Civil Veterinary Department Bengal reports 1933-51 - 1933-1951
Year: 1933
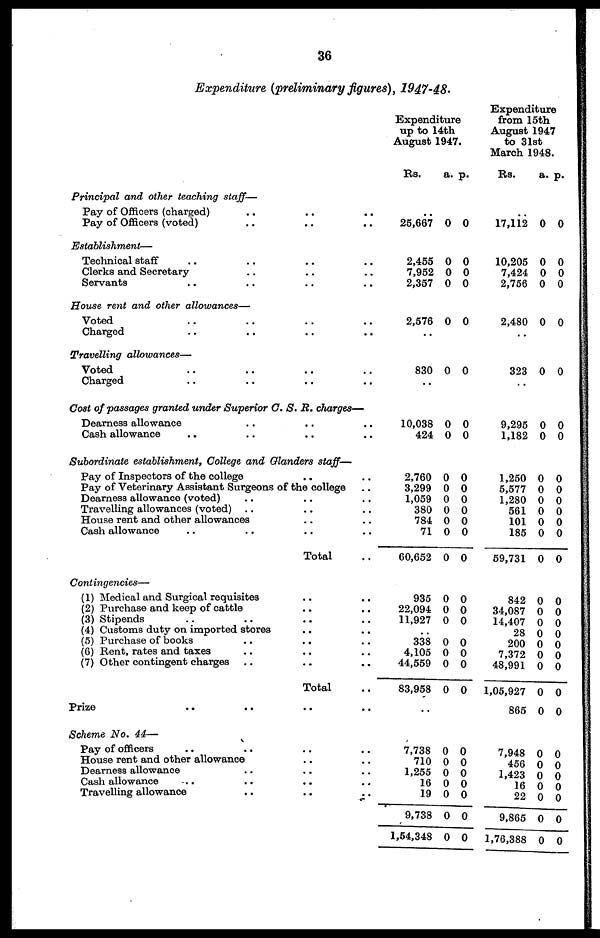
36
Expenditure (preliminary figures), 1947-48.
Principal and other teaching staff—
Pay of Officers (charged) .. .. ..
Pay of Officers (voted) .. .. ..
Establishment—
Technical staff .. .. .. ..
Clerks and Secretary .. .. ..
Servants .. .. .. ..
House rent and other allowances—
Voted .. .. .. ..
Charged .. .. .. ..
Travelling
allowances—
Voted .. .. .. ..
Charged .. .. .. ..
Cost of passages granted under Superior C. S. R. charges—
Dearness allowance .. .. ..
Cash allowance .. .. .. ..
Subordinate establishment, College and Glanders staff—
Pay of Inspectors of the college .. ..
Pay of Veterinary Assistant Surgeons of the college ..
Dearness allowance (voted) .. .. ..
Travelling allowances (voted) .. .. ..
House rent and other allowances .. ..
Cash allowance .. .. .. ..
Total ..
Contingencies—
(1) Medical and Surgical requisites .. ..
(2) Purchase and keep of cattle .. ..
(3) Stipends .. .. .. ..
(4) Customs duty on imported stores .. ..
(5) Purchase of books .. .. ..
(6) Rent, rates and taxes .. .. ..
(7) Other contingent charges .. .. ..
Total ..
Prize .. .. .. ..
Scheme No. 44—
Pay of officers .. .. .. ..
House rent and other allowance .. ..
Dearness allowance .. .. ..
Cash allowance .. .. .. ..
Travelling allowance .. .. ..
Expenditure
up to14th
August
1947.
Rs.
..
25,667
2,455
7,952
2,357
2,576
..
830
..
10,038
424
2,760
3,299
1,059
380
784
71
60,652
935
22,094
11,927
..
338
4,105
44,559
83,958
..
7,738
710
1,255
16
19
9,738
1,54,348
a.
0
0
0
0
0
0
0
0
0
0
0
0
0
0
0
0
0
0
0
0
0
0
0
0
0
0
0
0
0
p.
0
0
0
0
0
0
0
0
0
0
0
0
0
0
0
0
0
0
0
0
0
0
0
0
0
0
0
0
0
Expenditure
from 15 th
August 1947
to 31st
Rs.
..
17,112
10,205
7,424
2,756
2,480
..
323
..
9,295
1,182
1,250
5,577
1,280
561
101
185
59,731
842
34,087
14,407
28
200 0
7,372
48,991
1,05,927
865
7,948
456
1,423
16 0 0
22
9,865
1,76,388
a.
0
0
0
0
0
0
0
0
0
0
0
0
0
0
0
0
0
0
0
0
0
0
0
0
0
0
0
0
0
p.
0
0
0
0
0
0
0
0
0
0
0
0
0
0
0
0
0
0
0
0
0
0
0
0
0
0
0
0
0
0